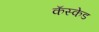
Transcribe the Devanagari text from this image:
कॅस्केड